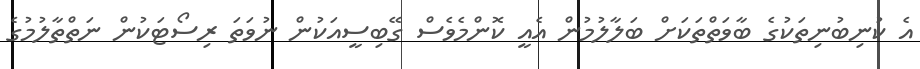
އެ ކުނިބުނިތަކުގެ ބާވަތްތަކަށް ބަލާލުމުން އެއީ ކޮންމެވެސް ގޭބިސީއަކުން ނުވަތަ ރިސޯޓަކުން ނަތްތާލުމުގެ